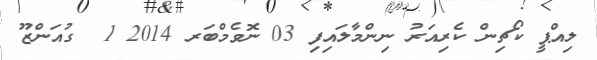
ލިއްޕީ ކޯޗިން ކެރިއަރު ނިންމާލައިފި 03 ނޮވެމްބަރ 2014 1  ގުއަންޒޫ